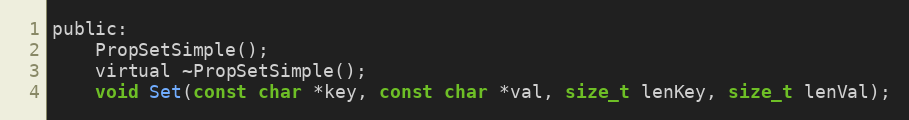
Language: C
public:
	PropSetSimple();
	virtual ~PropSetSimple();
	void Set(const char *key, const char *val, size_t lenKey, size_t lenVal);